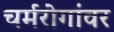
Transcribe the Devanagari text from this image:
चर्मरोगांवर